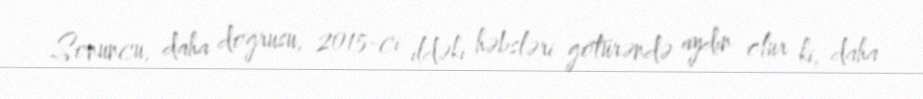
Sonuncu, daha doğrusu, 2015-ci ildəki həbsləri götürəndə aydın olur ki, daha